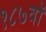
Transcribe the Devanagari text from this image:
१८७वॉ